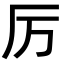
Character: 厉